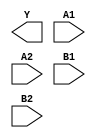
module sky130_fd_sc_ms__a22oi (
    Y ,
    A1,
    A2,
    B1,
    B2
);

    output Y ;
    input  A1;
    input  A2;
    input  B1;
    input  B2;

    // Voltage supply signals
    supply1 VPWR;
    supply0 VGND;
    supply1 VPB ;
    supply0 VNB ;

endmodule